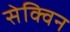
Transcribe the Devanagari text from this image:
सेक्विन